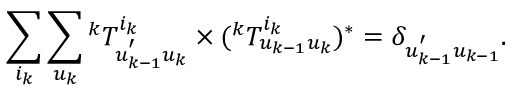
\sum _ { i _ { k } } { \sum _ { u _ { k } } { { ^ k T _ { u _ { k - 1 } ^ { ' } u _ { k } } ^ { i _ { k } } } \times ( { ^ k T _ { u _ { k - 1 } u _ { k } } ^ { i _ { k } } } ) ^ { * } } } = \delta _ { u _ { k - 1 } ^ { ' } u _ { k - 1 } } .